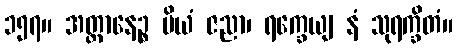
၁၅၇။ အတ္တာနေဉ္စ ပိယံ ဇညာ၊ ရက္ခေယျ နံ သုရက္ခိတံ။